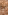
يا